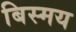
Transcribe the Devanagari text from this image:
बिस्मय